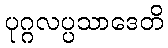
ပုဂ္ဂလပ္ပသာဒေတိ